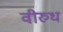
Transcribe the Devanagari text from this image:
वीरुध